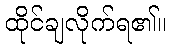
ထိုင်ချလိုက်ရ၏။